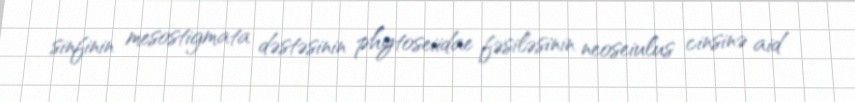
sinfinin mesostigmata dəstəsinin phytoseiidae fəsiləsinin neoseiulus cinsinə aid